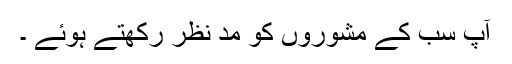
آپ سب کے مشوروں کو مد نظر رکھتے ہوئے ۔